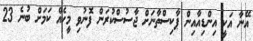
އޭނާ އަކީ އިންޑިއާއިން ޕާކިސްތާނަށް ޖާސުސްކުރަން ފޮނުވި މީހެއް ކަމަށް ބުނެ 23